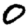
Digit: 0